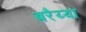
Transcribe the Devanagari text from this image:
बरैय्या